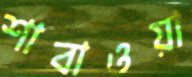
শাবাওয়া